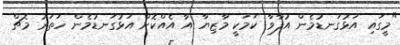
"މީގައި އަޅުގަނޑުމެން އުފާވާ ކަމަކީ މާޒިޔާ އާ އެއްކޮށް އަޅުގަނޑުމެން ހަތަރު މެޗް